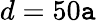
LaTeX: d=50\mathtt{a}